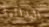
البدائية